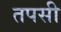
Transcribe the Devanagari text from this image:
तपसी